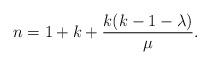
LaTeX: \begin{align*}n = 1 + k + \frac{k(k - 1 - \lambda)}{\mu}.\end{align*}